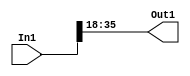
module controllerHdl_Convert_Data_Type_block2
          (
           In1,
           Out1
          );


  input   signed [35:0] In1;  // sfix36_En28
  output  signed [17:0] Out1;  // sfix18_En10


  wire signed [17:0] Data_Type_Conversion_out1;  // sfix18_En10


  // <S41>/Data Type Conversion
  assign Data_Type_Conversion_out1 = In1[35:18];



  assign Out1 = Data_Type_Conversion_out1;

endmodule